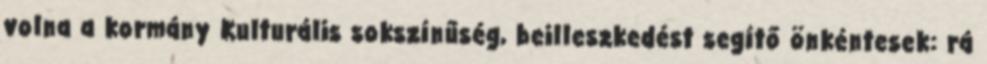
volna a kormány Kulturális sokszínűség, beilleszkedést segítő önkéntesek: rá